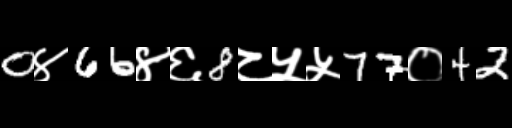
Text: 0४66४६8८५५77०42